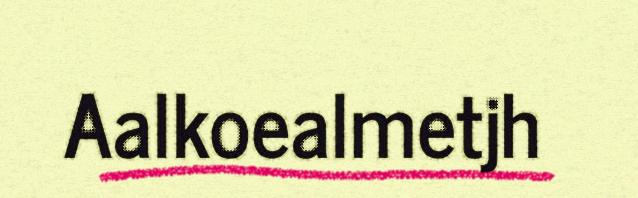
Aalkoealmetjh